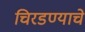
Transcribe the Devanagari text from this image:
चिरडण्‍याचे